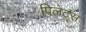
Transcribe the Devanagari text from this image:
पिलेट्स